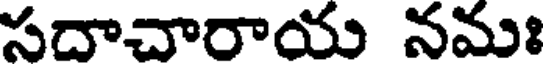
సదాచారాయ నమః